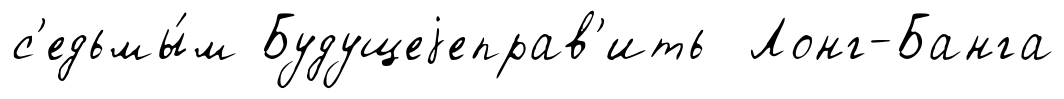
с'едьмы́м Будущеjеправ'ить Лонг-Банга